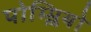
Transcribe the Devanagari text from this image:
पोम्प्लियो